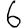
Digit: 6